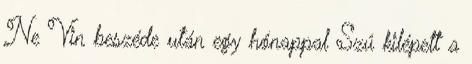
Ne Vin beszéde után egy hónappal Szú kilépett a